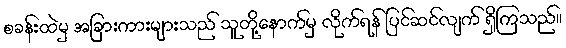
စခန်းထဲမှ အခြားကားများသည် သူတို့နောက်မှ လိုက်ရန် ပြင်ဆင်လျက် ရှိကြသည်။